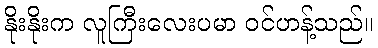
နိုးနိုးက လူကြီးလေးပမာ ဝင်ဟန့်သည်။